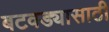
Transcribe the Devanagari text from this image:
बटवड्यासाठी